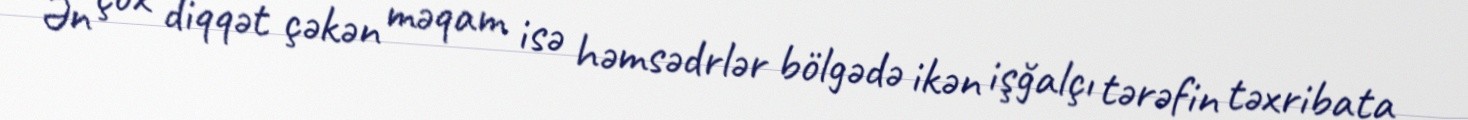
Ən çox diqqət çəkən məqam isə həmsədrlər bölgədə ikən işğalçı tərəfin təxribata